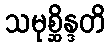
သမုစ္ဆိန္ဒတိ